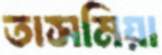
তাসমিয়া